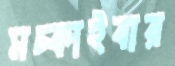
মচ্‌কাইবার